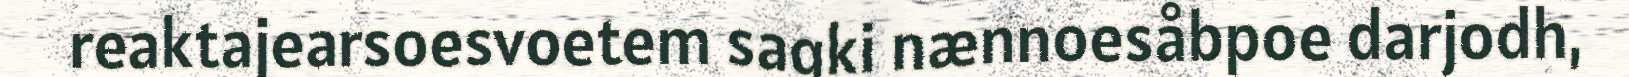
reaktajearsoesvoetem sagki nænnoesåbpoe darjodh,